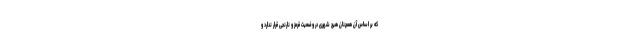
که بر اساس آن همچنان هیچ شهری در وضعیت قرمز و نارنجی قرار ندارد و